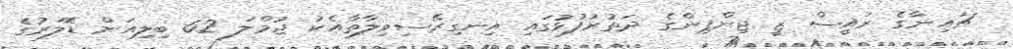
ޗައިނާގެ ރައީސް ޒީ ޖިންޕިންގެ ދަތުރުފުޅުގައި އިނގިރޭސިވިލާތާއެކު ޖުމްލަ 62 ބިލިއަން ޑޮލަރުގެ